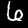
Digit: 6